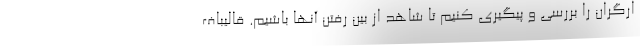
ارگران را بررسی و پیگیری کنیم تا شاهد از بین رفتن آنها باشیم. قالیباف